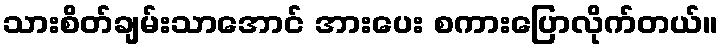
သားစိတ်ချမ်းသာအောင် အားပေး စကားပြောလိုက်တယ်။